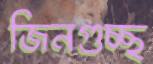
জিনগুচ্ছ